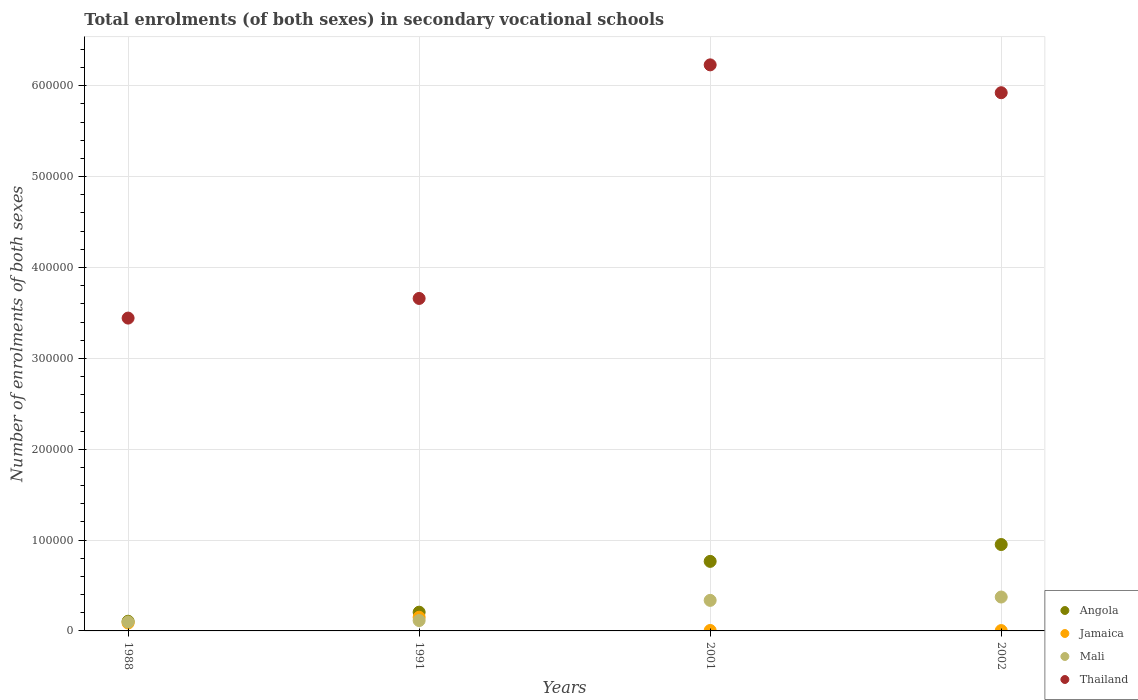
| Years | Angola | Jamaica | Mali | Thailand |
 | --- | --- | --- | --- | --- |
 | 1988 | 1.07e+04 | 8.72e+03 | 9.81e+03 | 3.44e+05 |
 | 1991 | 2.06e+04 | 1.51e+04 | 1.14e+04 | 3.66e+05 |
 | 2001 | 7.65e+04 | 498 | 3.36e+04 | 6.23e+05 |
 | 2002 | 9.51e+04 | 382 | 3.73e+04 | 5.92e+05 |